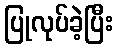
ပြုလုပ်ခဲ့ပြီး